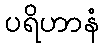
ပရိဟာနံ